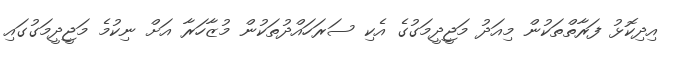
އިދިކޮޅު ފަރާތްތަކުން މިއަދު މަޖީދީމަގުގެ އެކި ސަރަހައްދުތަކުން މުޒާހަރާ އަށް ނިކުމެ މަޖީދީމަގުގައި